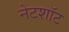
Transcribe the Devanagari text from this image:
नेटशॉट